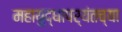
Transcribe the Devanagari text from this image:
महायुद्धापर्यंतच्या